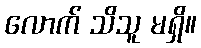
လောက် သိသူ မရှိ။